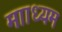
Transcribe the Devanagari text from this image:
मााध्यम